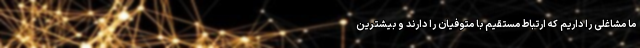
ما مشاغلی را داریم که ارتباط مستقیم با متوفیان را دارند و بیشترین